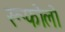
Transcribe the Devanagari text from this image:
रूफोलो